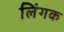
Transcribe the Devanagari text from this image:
लिंगक